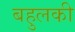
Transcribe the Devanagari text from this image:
बहुलकी